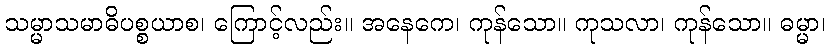
သမ္မာသမာဓိပစ္စယာစ၊ ကြောင့်လည်း။ အနေကေ၊ ကုန်သော။ ကုသလာ၊ ကုန်သော။ ဓမ္မာ၊